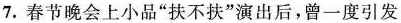
7.春节晚会上小品”扶不扶”演出后，曾一度引发